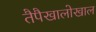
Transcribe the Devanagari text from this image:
तैपैखालोखाल